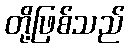
တို့ဖြစ်သည်